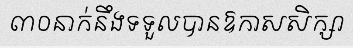
៣០នាក់នឹងទទួលបានឱកាសសិក្សា